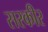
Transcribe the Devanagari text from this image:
सरकीर